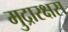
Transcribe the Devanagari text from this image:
मुद्रारक्षस